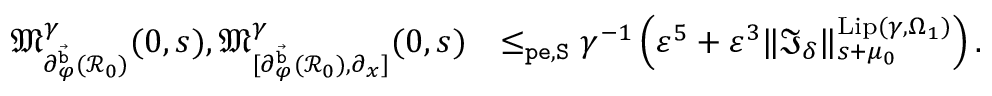
\begin{array} { r l } { \mathfrak { M } _ { \partial _ { \varphi } ^ { \vec { \mathtt { b } } } ( \mathcal { R } _ { 0 } ) } ^ { \gamma } ( 0 , s ) , \mathfrak { M } _ { [ \partial _ { \varphi } ^ { \vec { \mathtt { b } } } ( \mathcal { R } _ { 0 } ) , \partial _ { x } ] } ^ { \gamma } ( 0 , s ) } & { \le _ { \mathtt { p e } , \mathtt { S } } \gamma ^ { - 1 } \left( \varepsilon ^ { 5 } + \varepsilon ^ { 3 } \rVert \mathfrak { I } _ { \delta } \rVert _ { s + \mu _ { 0 } } ^ { \mathrm { L i p } ( \gamma , \Omega _ { 1 } ) } \right) . } \end{array}